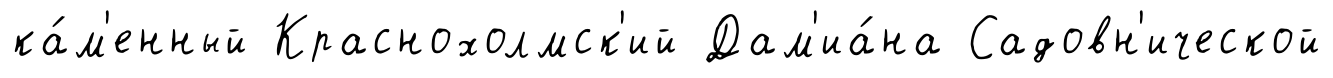
ка́м'енный Краснохолмск'ий Дам'иа́на Садовн'ической